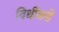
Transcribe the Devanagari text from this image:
विधींकडे